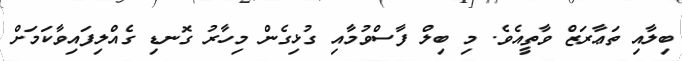
ބިލާއި ތަޢާރަޒް ވާތީއެވެ. މި ބިލް ފާސްވުމާއި ގުޅިގެން މިހާރު ގޮނޑި ގެއްލިފައިވާކަމަށް